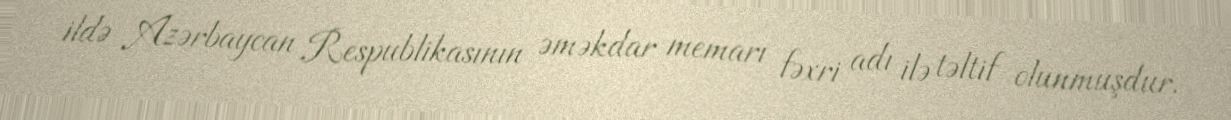
ildə Azərbaycan Respublikasının əməkdar memarı fəxri adı ilə təltif olunmuşdur.